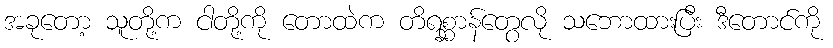
အခုတော့ သူတို့က ငါတို့ကို တောထဲက တိရစ္ဆာန်တွေလို သဘောထားပြီး ဒီတောင်ကို